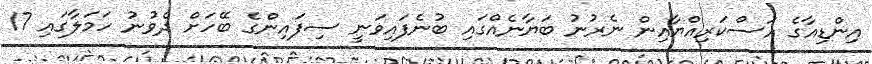
އިންޑިއާގެ އަސްކަރިއްޔާއިން ނެރުނު ބަޔާނެއްގައި ބުނެފައިވަނީ ސިފައިންގެ ބޭހަށް ދެވުނު ހަމަލާގައި 17